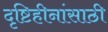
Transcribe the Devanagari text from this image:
दृष्टिहीनांसाठी